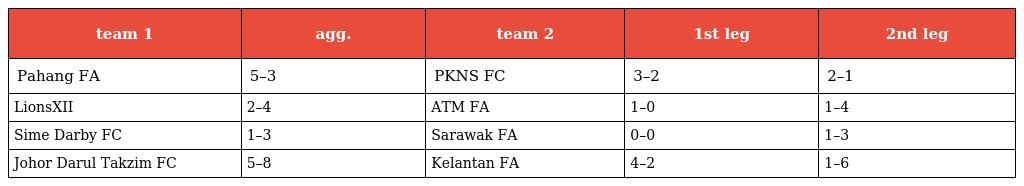
| team 1 | agg. | team 2 | 1st leg | 2nd leg |
 | --- | --- | --- | --- | --- |
 | Pahang FA | 5–3 | PKNS FC | 3–2 | 2–1 |
 | LionsXII | 2–4 | ATM FA | 1–0 | 1–4 |
 | Sime Darby FC | 1–3 | Sarawak FA | 0–0 | 1–3 |
 | Johor Darul Takzim FC | 5–8 | Kelantan FA | 4–2 | 1–6 |